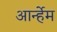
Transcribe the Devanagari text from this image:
आर्न्हेम